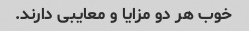
خوب هر دو مزایا و معایبی دارند.